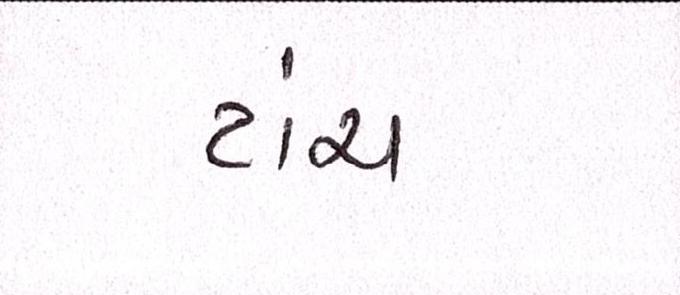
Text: ટાંચ